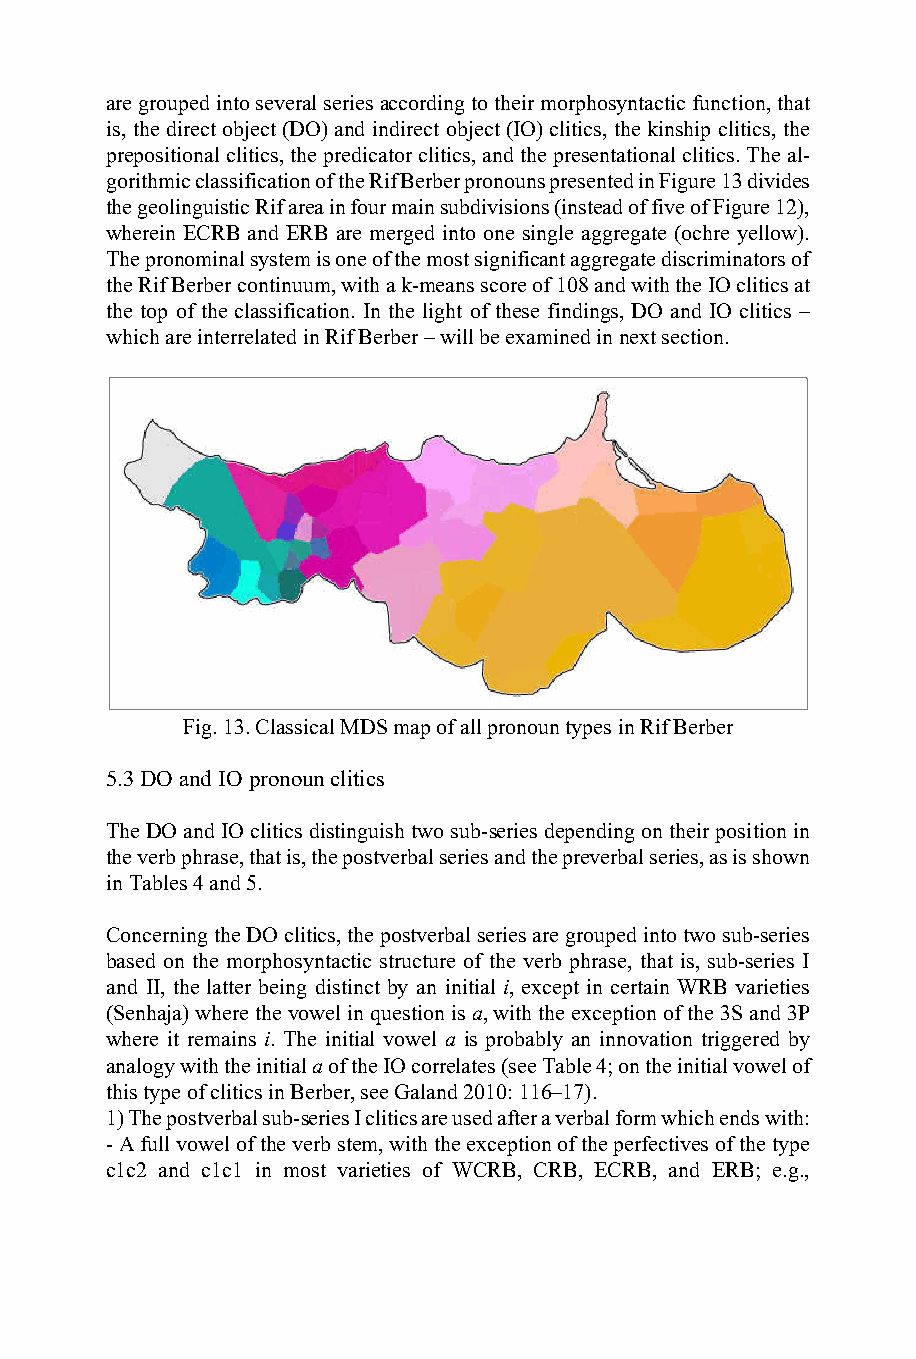
are grouped into several series according to their morphosyntactic function, that
 is, the direct object (DO) and indirect object (IO) clitics, the kinship clitics, the
 prepositional clitics, the predicator clitics, and the presentational clitics. The al-
 gorithmic classification of the Rif Berber pronouns presented in Figure 13 divides
 the geolinguistic Rif area in four main subdivisions (instead of five of Figure 12),
 wherein ECRB and ERB are merged into one single aggregate (ochre yellow).
 The pronominal system is one of the most significant aggregate discriminators of
 the Rif Berber continuum, with a k-means score of 108 and with the IO clitics at
 the top of the classification. In the light of these findings, DO and IO clitics –
 which are interrelated in Rif Berber – will be examined in next section.
 Fig. 13. Classical MDS map of all pronoun types in Rif Berber
 5.3 DO and IO pronoun clitics
 The DO and IO clitics distinguish two sub-series depending on their position in
 the verb phrase, that is, the postverbal series and the preverbal series, as is shown
 in Tables 4 and 5.
 Concerning the DO clitics, the postverbal series are grouped into two sub-series
 based on the morphosyntactic structure of the verb phrase, that is, sub-series I
 and II, the latter being distinct by an initial i, except in certain WRB varieties
 (Senhaja) where the vowel in question is a, with the exception of the 3S and 3P
 where it remains i. The initial vowel a is probably an innovation triggered by
 analogy with the initial a of the IO correlates (see Table 4; on the initial vowel of
 this type of clitics in Berber, see Galand 2010: 116–17).
 1) The postverbal sub-series I clitics are used after a verbal form which ends with:
 - A full vowel of the verb stem, with the exception of the perfectives of the type
 c1c2 and c1c1 in most varieties of WCRB, CRB, ECRB, and ERB; e.g.,